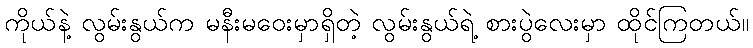
ကိုယ်နဲ့ လွမ်းနွယ်က မနီးမဝေးမှာရှိတဲ့ လွမ်းနွယ်ရဲ့ စားပွဲလေးမှာ ထိုင်ကြတယ်။